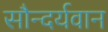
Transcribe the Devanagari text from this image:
सौन्दर्यवान